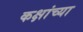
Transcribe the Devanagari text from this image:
कक्षांच्या